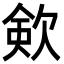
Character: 㰸